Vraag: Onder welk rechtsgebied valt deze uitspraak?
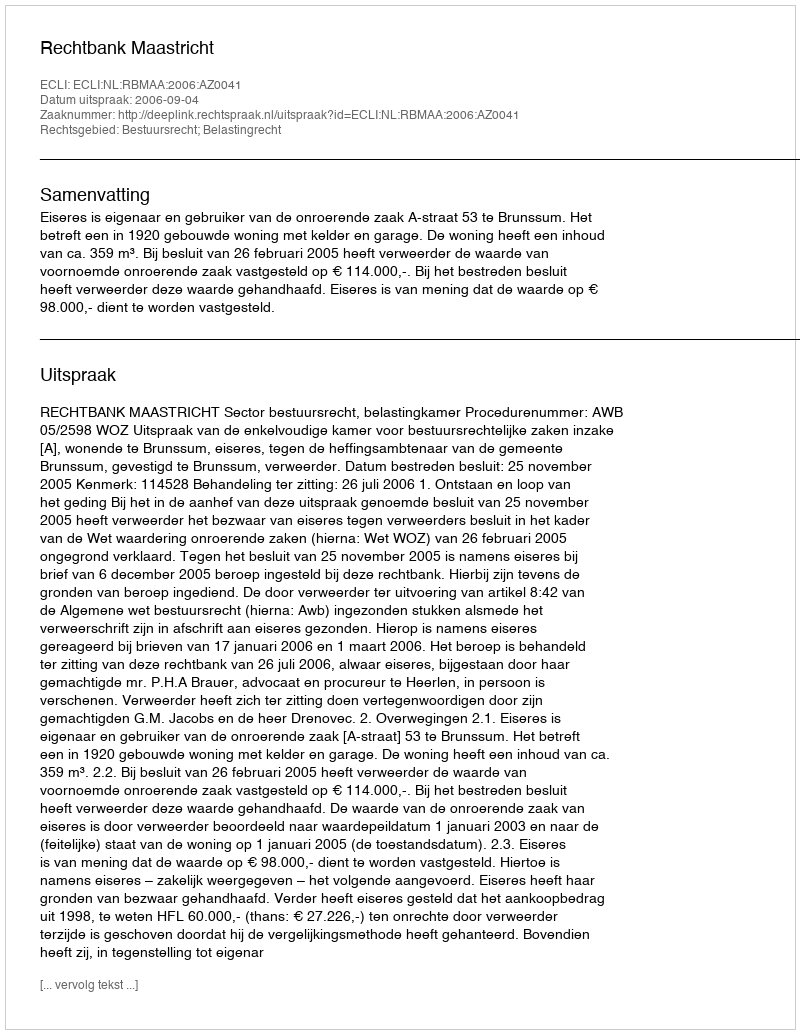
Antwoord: Bestuursrecht; Belastingrecht